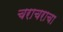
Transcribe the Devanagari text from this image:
चराचराचा